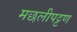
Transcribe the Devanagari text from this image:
मछलीपट्टण